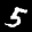
Label: 5